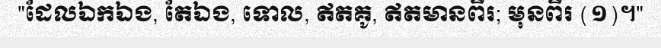
"ដែលឯកឯង, តែឯង, ទោល, ឥតគូ, ឥតមានពីរ; មុនពីរ (១)។"